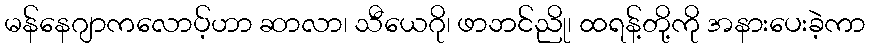
မန်နေဂျာကလောပ့်ဟာ ဆာလာ၊ သီယေဂို၊ ဖာဘင်ညို၊ ထရန့်တို့ကို အနားပေးခဲ့ကာ